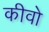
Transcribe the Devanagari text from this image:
कीवो